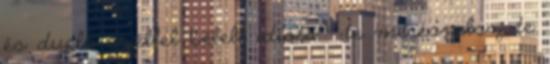
és dupla széllel bélelt idióta - te merészelsz, te